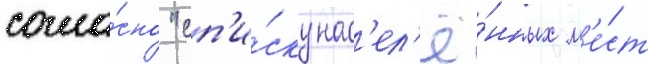
согла́сно "сп'и́ску нас'ел'ё́нных м'е́ст